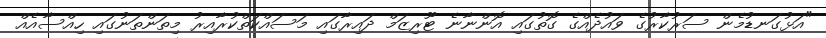
"އަޅުގަނޑުމެން ސަރުކާރުގެ ވައުދެއްގެ ގޮތުގައި އޮންނާނެ ޓޫރިޒަމް ދައިރާގައި މަސައްކަތްކުރާއިރު މިތަންތަނުގައި ހިއްސާއެއް